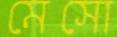
মেসো